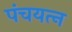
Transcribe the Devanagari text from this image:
पंचयत्‍न